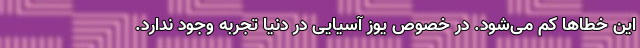
این خطاها کم می‌شود. در خصوص یوز آسیایی در دنیا تجربه وجود ندارد.